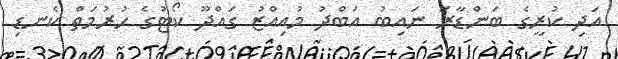
އަދި ކުރީގެ ބަންޑާރަ ނައިބު އަބްދު މުއިއްޒު ގައްދޫ ކޯޓުގެ ހުރުމަތް ކެނޑި